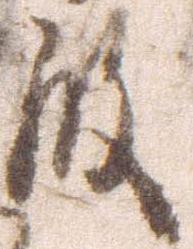
殿